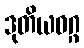
ဒုတိယဝဂ္ဂ